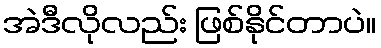
အဲဒီလိုလည်း ဖြစ်နိုင်တာပဲ။